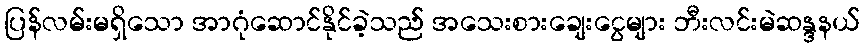
ပြန်လမ်းမရှိသော အာဂုံဆောင်နိုင်ခဲ့သည် အသေးစားချေးငွေများ ဘီးလင်းမဲဆန္ဒနယ်